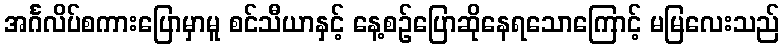
အင်္ဂလိပ်စကားပြောမှာမူ စင်သီယာနှင့် နေ့စဉ်ပြောဆိုနေရသောကြောင့် မမြလေးသည်